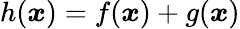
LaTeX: \begin{array}{r}{h(\boldsymbol{x})=f(\boldsymbol{x})+g(\boldsymbol{x})}\end{array}